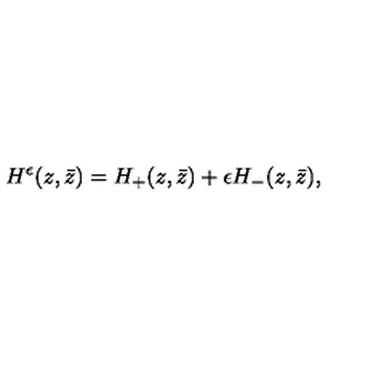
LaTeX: H ^ { \epsilon } ( z , \bar { z } ) = H _ { + } ( z , \bar { z } ) + \epsilon H _ { - } ( z , \bar { z } ) ,